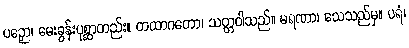
ပဉှော၊ မေးခွန်းပုစ္ဆာတည်း။ တထာဂတော၊ သတ္တဝါသည်။ မရဏာ၊ သေသည်မှ။ ပရံ၊